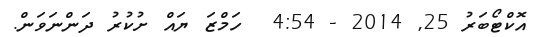
އޮކްޓޯބަރު 25